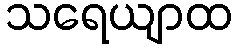
သရေယျာထ